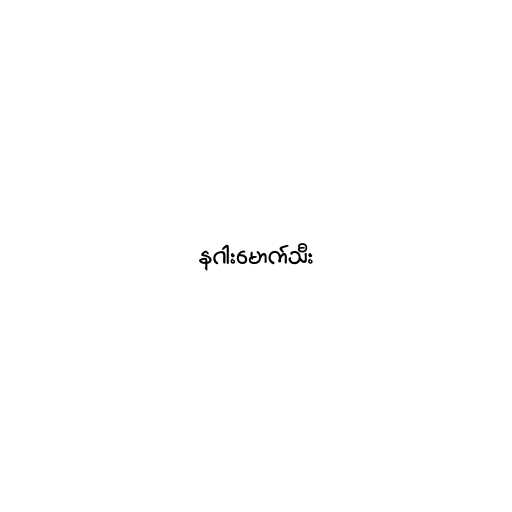
နဂါးမောက်သီး